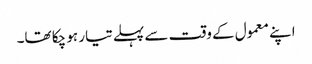
اپنے معمول کے وقت سے پہلے تیار ہو چکا تھا۔